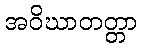
အဝိဃာတတ္တာ